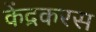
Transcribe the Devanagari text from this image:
केंद्रकरस